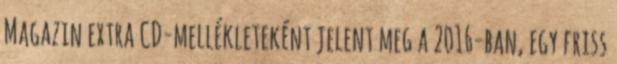
Magazin extra CD-mellékleteként jelent meg a 2016-ban, egy friss